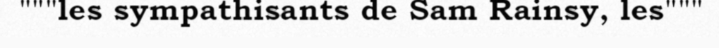
"""les sympathisants de Sam Rainsy, les"""